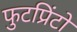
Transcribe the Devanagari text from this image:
फुटप्रिंटों